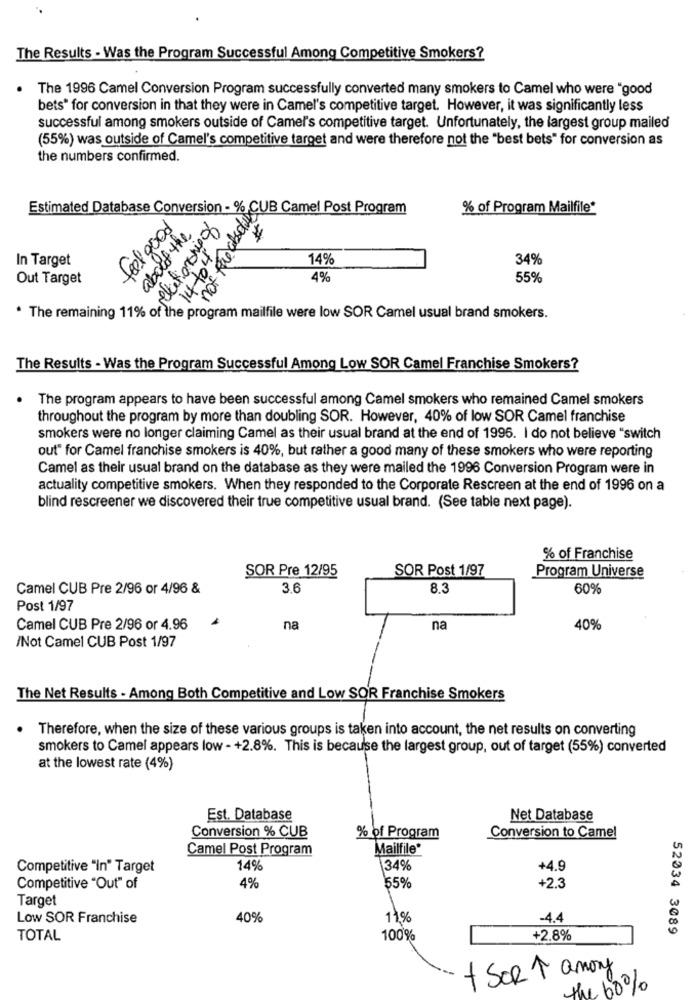
The Results - Was the Program Successful Among Competitive Smokers?
The 1996 Camel Conversion Program successfully converted many smokers to Camel who were "good
bets" for conversion in that they were in Camel's competitive target. However, it was significantly less
successful among smokers outside of Camel's competitive target. Unfortunately, the largest group mailed
(55%) was outside of Camel's competitive target and were therefore not the "best bets" for conversion as
the numbers confirmed.
Estimated Database Conversion - % CUB Camel Post Program
% of Program Mailfile*
about the
In Target
14%
34%
The reli 17% of us to Rue cosclues
Out Target
not
4%
55%
program mailfile were low SOR Camel usual brand smokers.
The Results - Was the Program Successful Among Low SOR Camel Franchise Smokers?
The program appears to have been successful among Camel smokers who remained Camel smokers
throughout the program by more than doubling SOR. However, 40% of low SOR Camel franchise
smokers were no longer claiming Camel as their usual brand at the end of 1996. I do not believe "switch
out" for Camel franchise smokers is 40%, but rather a good many of these smokers who were reporting
Camel as their usual brand on the database as they were mailed the 1996 Conversion Program were in
actuality competitive smokers. When they responded to the Corporate Rescreen at the end of 1996 on a
blind rescreener we discovered their true competitive usual brand. (See table next page).
% of Franchise
SOR Pre 12/95
SOR Post 1/97
Program Universe
Camel CUB Pre 2/96 or 4/96 &
3.6
8.3
60%
Post 1/97
Camel CUB Pre 2/96 or 4.96
na
na
40%
/Not Camel CUB Post 1/97
The Net Results - Among Both Competitive and Low SOR Franchise Smokers
. Therefore, when the size of these various groups is taken into account, the net results on converting
smokers to Camel appears low - +2.8%. This is because the largest group, out of target (55%) converted
at the lowest rate (4%)
Est. Database
Net Database
Conversion % CUB
% of Program
Conversion to Camel
Camel Post Program
Mailfile*
Competitive "In" Target
14%
34%
+4.9
Competitive "Out" of
4%
155%
+2.3
Target
Low SOR Franchise
40%
11%
-4.4
52034 3089
TOTAL
100%
+2.8%
+ SORT amony
the 60%